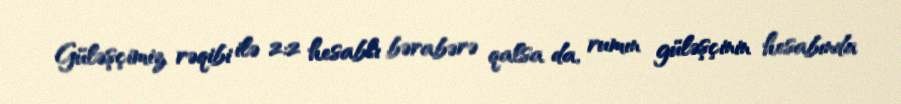
Güləşçimiz rəqibi ilə 2:2 hesablı bərabərə qalsa da, rumın güləşçinin hesabında